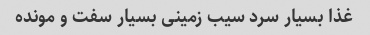
غذا بسیار سرد سیب زمینی بسیار سفت و مونده